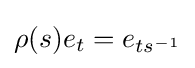
\rho (s)e_{t}=e_{ts^{-1}}